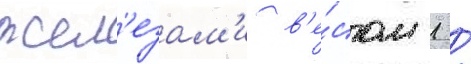
жел'езам'и в'е́сом 1 /